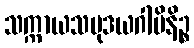
သက္ကာယသမုဒယဂါမိနိဉ္စ